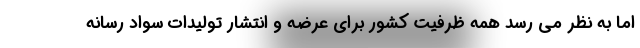
اما به نظر می رسد همه ظرفیت کشور برای عرضه و انتشار تولیدات سواد رسانه